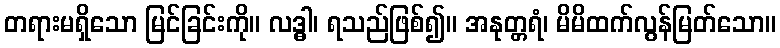
တရားမရှိသော မြင်ခြင်းကို။ လဒ္ဓါ၊ ရသည်ဖြစ်၍။ အနုတ္တရံ၊ မိမိထက်လွန်မြတ်သော။